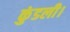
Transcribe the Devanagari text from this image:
कुंडली।